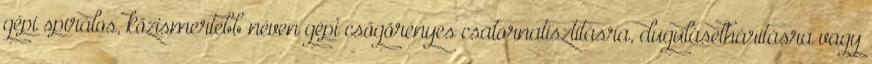
gépi spirálos, közismertebb néven gépi csőgörényes csatornatisztításra, duguláselhárításra vagy